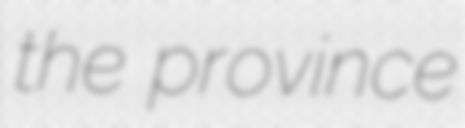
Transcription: the province